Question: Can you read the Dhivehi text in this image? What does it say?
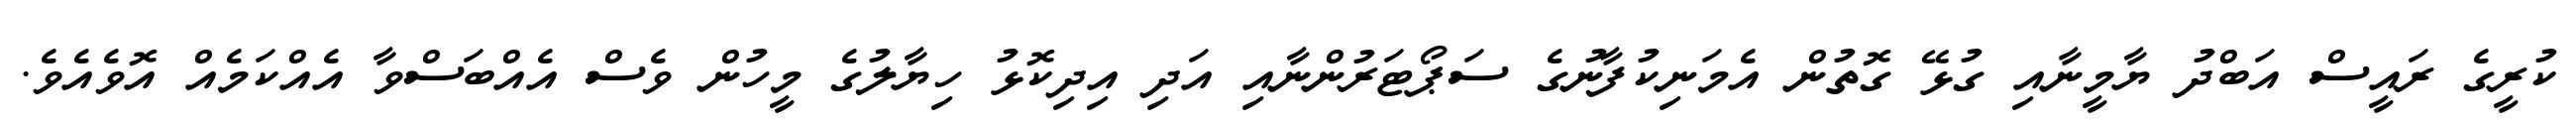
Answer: ކުރީގެ ރައީސް އަބްދު ޔާމީނާއި ގުޅޭ ގޮތުން އެމަނިކުފާނުގެ ސަޕޯޓަރުންނާއި އަދި އިދިކޮޅު ހިޔާލުގެ މީހުން ވެސް އެއްބަސްވާ އެއްކަމެއް އޮވެއެވެ.